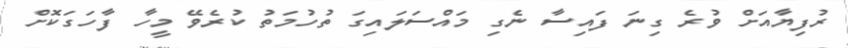
ރުފިޔާއަށް ވުރެ ގިނަ ފައިސާ ނެގި މައްސަލައިގަ ތުހުމަތު ކުރެވޭ މީހާ ފާހަގަކޮށް